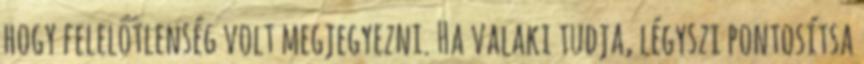
hogy felelőtlenség volt megjegyezni. Ha valaki tudja, légyszi pontosítsa